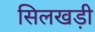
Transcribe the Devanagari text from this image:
सिलखड़ी